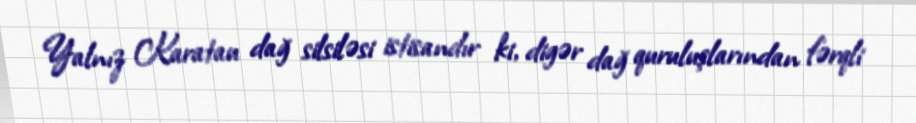
Yalnız Karatau dağ silsiləsi istisandır ki, digər dağ quruluşlarından fərqli